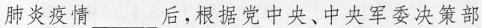
肺炎疫情___后，根据党中央、中央军委决策部